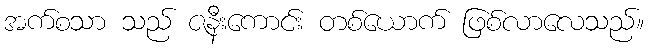
အက်စသာ သည် ဇနီးကောင်း တစ်ယောက် ဖြစ်လာလေသည်။